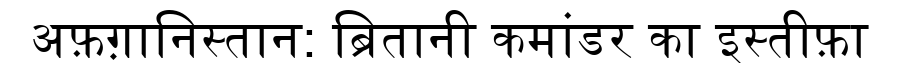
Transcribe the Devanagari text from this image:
अफ़ग़ानिस्तान: ब्रितानी कमांडर का इस्तीफ़ा